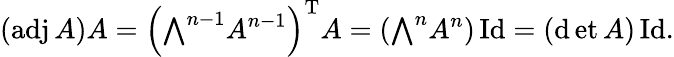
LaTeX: (\operatorname{a\mathrm{d}j}A)A=\left({\textstyle\bigwedge}^{n-1}A^{n-1}\right)^{\mathrm{{T}}}A=\left({\textstyle\bigwedge}^{n}A^{n}\right)\operatorname{I\mathrm{d}}=(\operatorname*{\mathrm{d}et}A)\operatorname{I\mathrm{d}}.